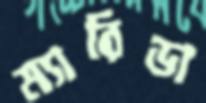
ম্যারিডা